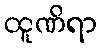
ထူဏိရာ